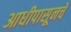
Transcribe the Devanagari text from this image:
आधीपासूनचे